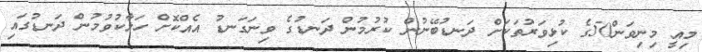
މިއީ މިނިވަން50ގެ ކުޅިވަރުތަކަށް ދަނޑުބޭނުން ކުރުމުން ދަނޑުގެ ވިނަގަނޑު އެއްކޮށް ހަލާކުވުމުން ދަނޑުގައި